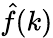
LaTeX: {\hat{f}}(k)